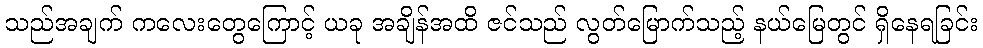
သည်အချက် ကလေးတွေကြောင့် ယခု အချိန်အထိ ဇင်သည် လွတ်မြောက်သည့် နယ်မြေတွင် ရှိနေရခြင်း